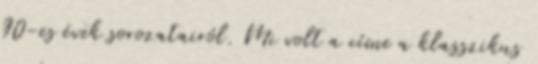
90-es évek sorozatairól. Mi volt a címe a klasszikus